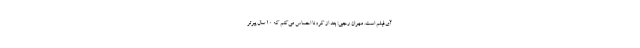
آی‌فیلم است. مهران رجبی: بعد از کرونا احساس می‌کنم که ۱۰ سال پیرتر